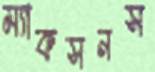
ম্যাকসনস